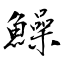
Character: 鱢